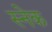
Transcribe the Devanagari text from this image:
स्‍नेक